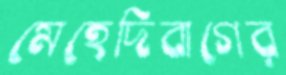
মেহেদিবাগের